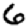
Digit: 6